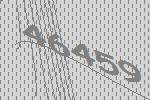
46459